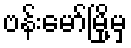
ဗန်းမော်မြို့မှ